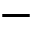
-